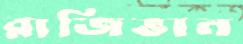
রাজিভান